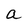
Character: a